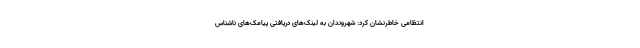
انتظامی خاطرنشان کرد: شهروندان به لینک‌های دریافتی پیامک‌های ناشناس